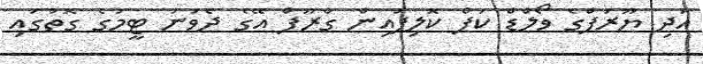
އަދި ޔޫރަޕްގެ ވޯލްޑް ކަޕް ކޮލިފައިން ގްރޫޕް އޭގެ ދެވަނަ ޓީމުގެ ގޮތުގައި